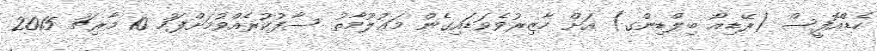
ހެޑްއޮފީސް (ރޭޑިއޯ ބިލްޑިންގ) އަށް ހާޒިރުވެވަޑައިގެން މަޢުލޫމާތު ސާފުކުރެއްވުމަށްފަހު 10 މާރިޗު 2015